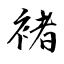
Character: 褚